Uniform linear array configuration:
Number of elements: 64
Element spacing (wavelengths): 0.5
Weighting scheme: uniform
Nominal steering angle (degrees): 30
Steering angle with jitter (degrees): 29.196
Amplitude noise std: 0.05
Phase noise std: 0.05

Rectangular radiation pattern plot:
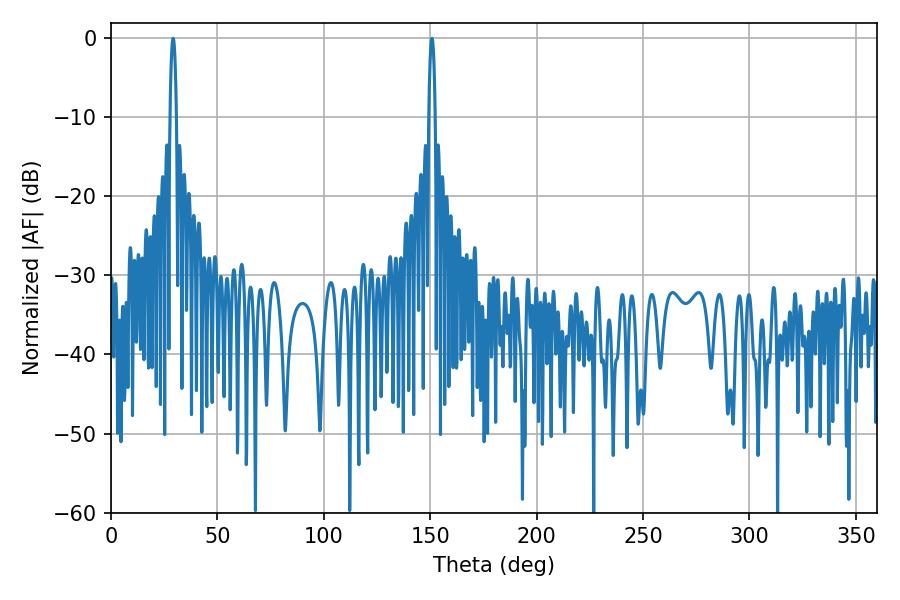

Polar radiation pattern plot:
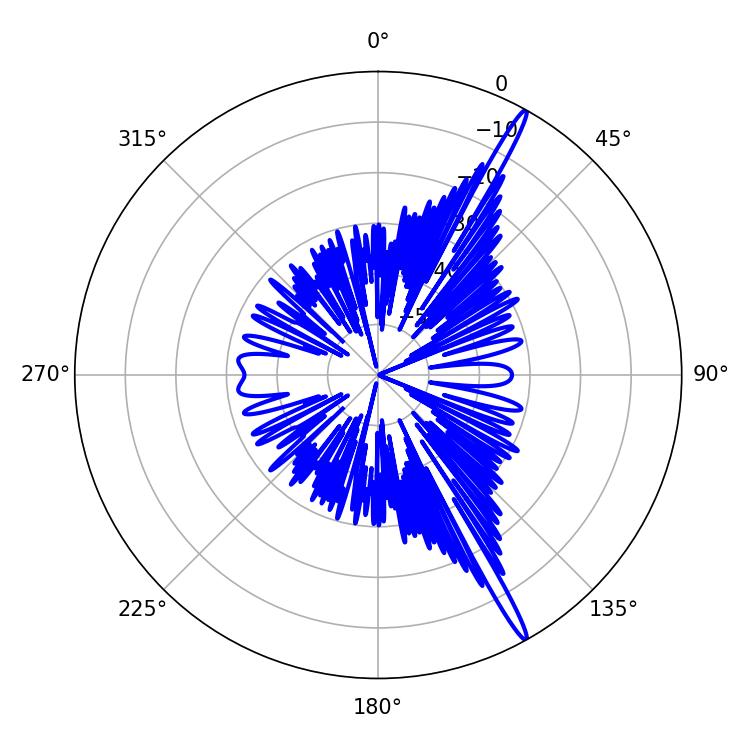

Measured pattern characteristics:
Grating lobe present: FALSE
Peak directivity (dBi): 17.606
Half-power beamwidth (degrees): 1.62
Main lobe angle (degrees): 29.16